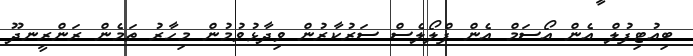
ބިއުޓިފުލް އެން އޯސަމް އެން ފްލޯލެސް ސަރުކާރުން ވިދާޅުވުމުން މިހާރު ތަމެން ރަންރީނދޫ